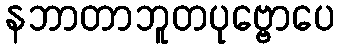
နဘာတာဘူတပုဗ္ဗောပေ